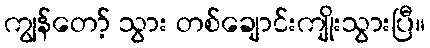
ကျွန်တော့် သွား တစ်ချောင်းကျိုးသွားပြီ။